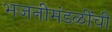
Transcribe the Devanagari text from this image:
भजनीमंडळींची